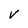
Character: V